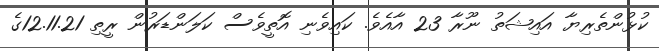
ކުޅުންތެރިޔާ އައިޝަތު ނޫރާ 23 އާއެވެ. ކައިވެނި އޮތީވެސް ކަލަންޑަރުން ރީތި 12.11.21ގެ